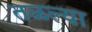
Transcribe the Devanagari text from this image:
तळल्या